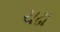
ચઢા